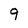
Character: 9